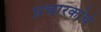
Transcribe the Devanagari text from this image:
प्रचारकांचे